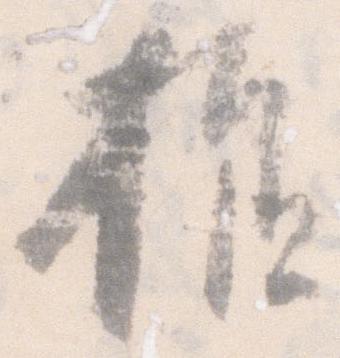
様